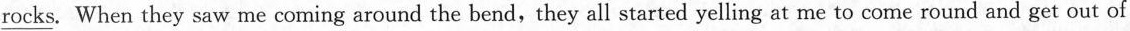
\underline{rocks}. When they saw me coming around the bend, they all started yelling at me to come round and get out of